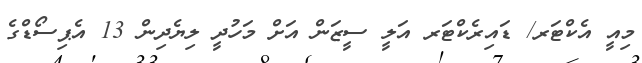
މިއީ އެކްޓަރ/ ޑައިރެކްޓަރ އަލީ ސީޒަން އަށް މަހުދީ ލިޔެދިން 13 އެޕިސޯޑްގެ